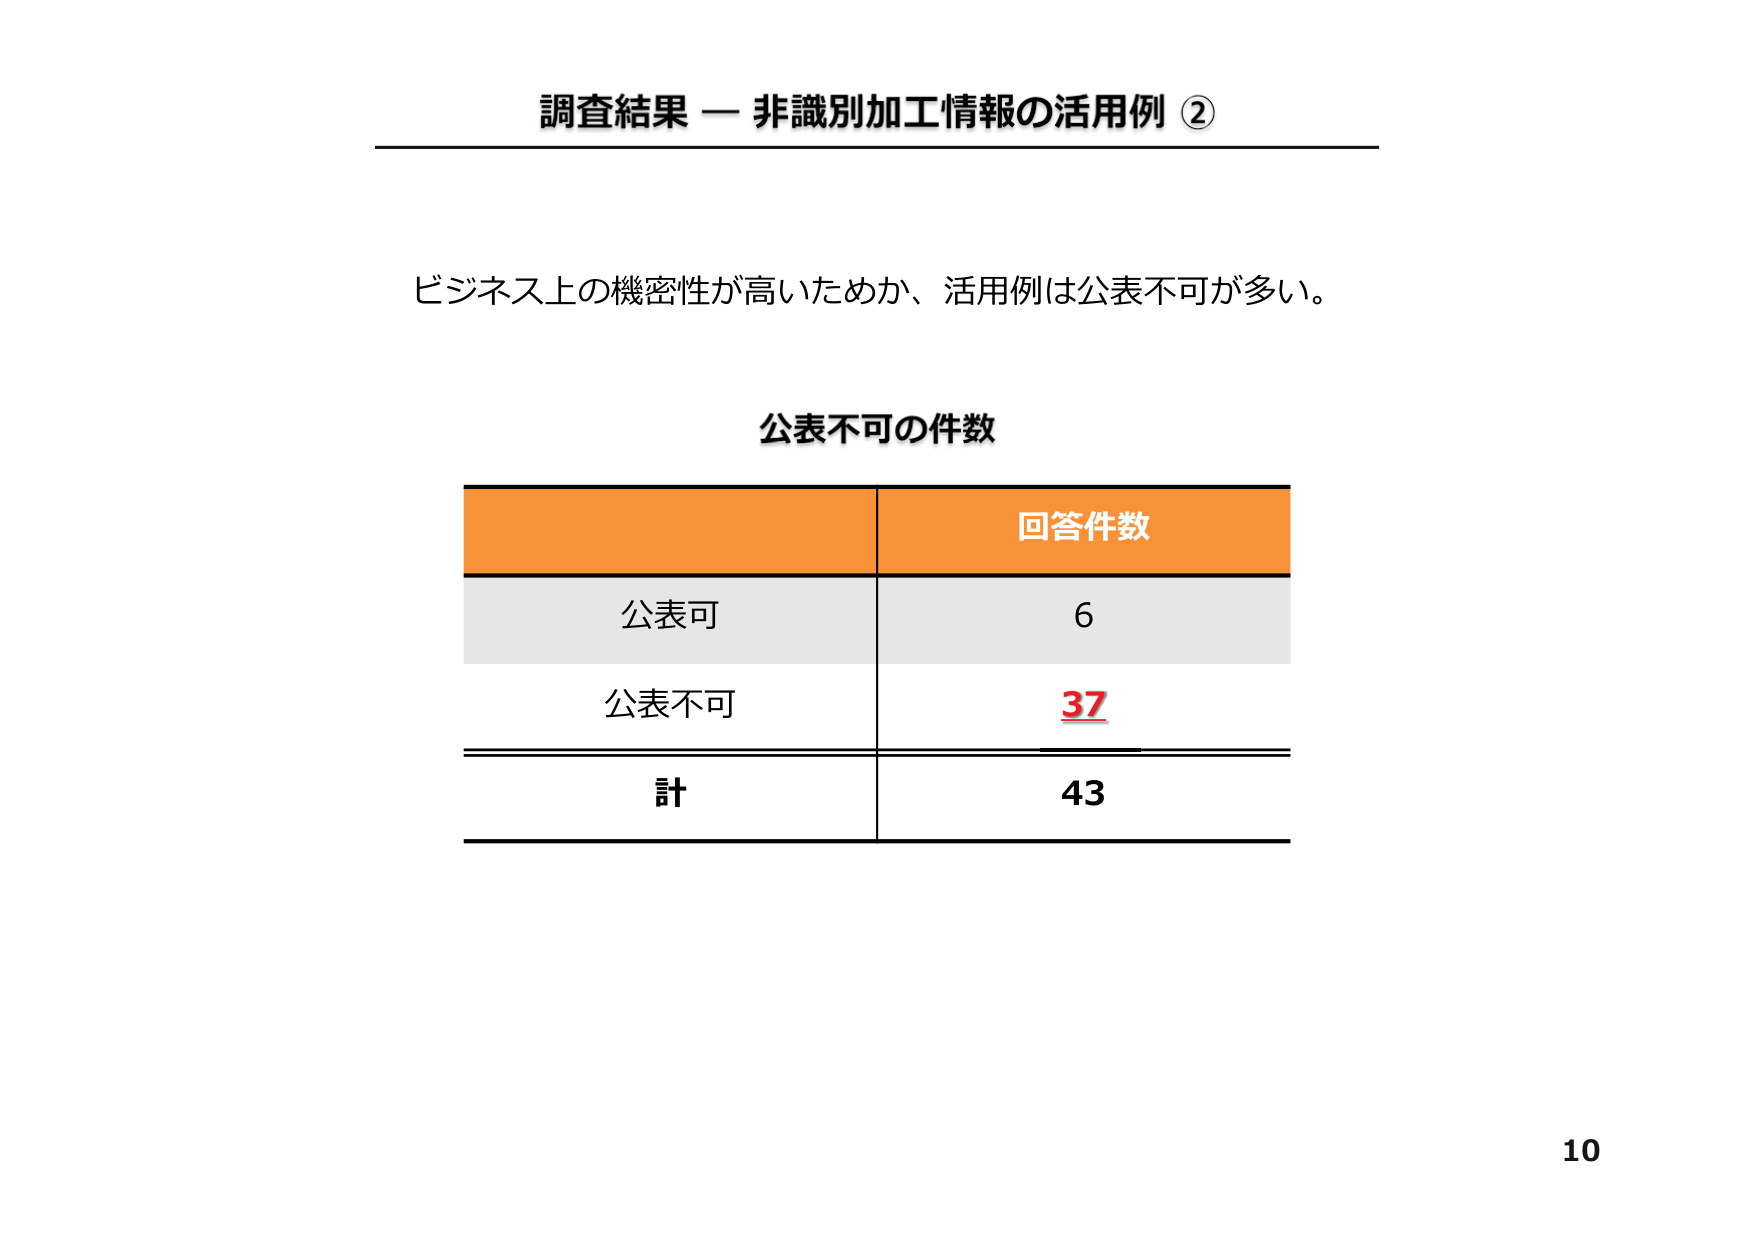
調査結果 — 非識別加工情報の活用例 ②

ビジネス上の機密性が高いためか、活用例は公表不可が多い。

公表不可の件数

回答件数
公表可 6
公表不可 37
計 43

10